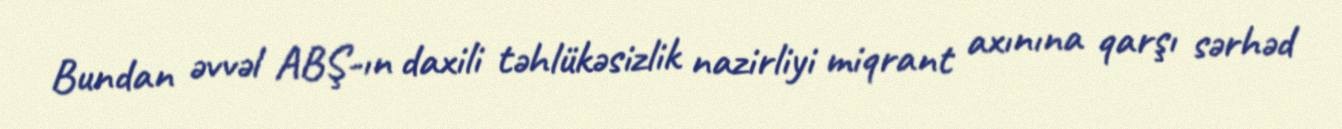
Bundan əvvəl ABŞ-ın daxili təhlükəsizlik nazirliyi miqrant axınına qarşı sərhəd